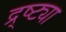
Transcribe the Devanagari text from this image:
द्र्ष्ट्या